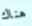
هناك